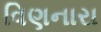
વિણનારા